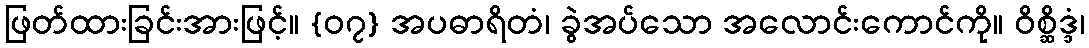
ဖြတ်ထားခြင်းအားဖြင့်။ {၀၇} အပဓာရိတံ၊ ခွဲအပ်သော အလောင်းကောင်ကို။ ဝိစ္ဆိဒ္ဒံ၊